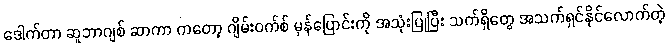
ဒေါက်တာ ဆူဘာဂျစ် ဆာကာ ကတော့ ဂျိမ်းဝက်စ် မှန်ပြောင်းကို အသုံးပြုပြီး သက်ရှိတွေ အသက်ရှင်နိုင်လောက်တဲ့